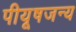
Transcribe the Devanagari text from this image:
पीयूषजन्य